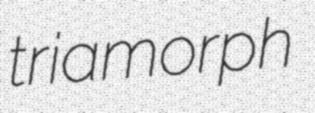
triamorph